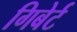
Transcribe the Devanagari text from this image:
गिबेर्ट